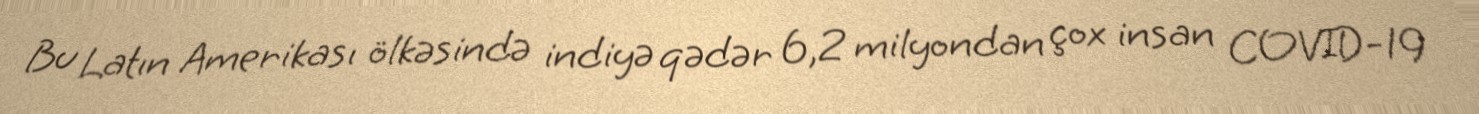
Bu Latın Amerikası ölkəsində indiyə qədər 6,2 milyondan çox insan COVID-19